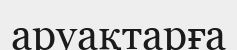
аруақтарға